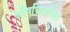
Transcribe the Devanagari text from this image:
औषधिजनित